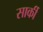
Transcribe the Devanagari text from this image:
सार्की